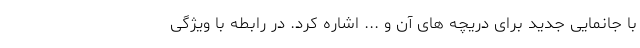
با جانمایی جدید برای دریچه های آن و ... اشاره کرد. در رابطه با ویژگی